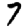
Digit: 7